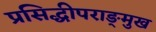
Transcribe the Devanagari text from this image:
प्रसिद्धीपराङ्‌मुख